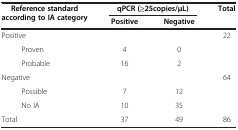
<table><thead><tr><td><b>Reference standard according to IA category</b></td><td colspan="2"><b>qPCR (≥25copies/μL)</b></td><td><b>Total</b></td></tr><tr><td><b> </b></td><td><b>Positive</b></td><td><b>Negative</b></td><td><b> </b></td></tr></thead><tbody><tr><td>Positive</td><td> </td><td> </td><td>22</td></tr><tr><td>Proven</td><td>4</td><td>0</td><td> </td></tr><tr><td>Probable</td><td>16</td><td>2</td><td> </td></tr><tr><td>Negative</td><td> </td><td> </td><td>64</td></tr><tr><td>Possible</td><td>7</td><td>12</td><td> </td></tr><tr><td>No IA</td><td>10</td><td>35</td><td> </td></tr><tr><td>Total</td><td>37</td><td>49</td><td>86</td></tr></tbody></table>